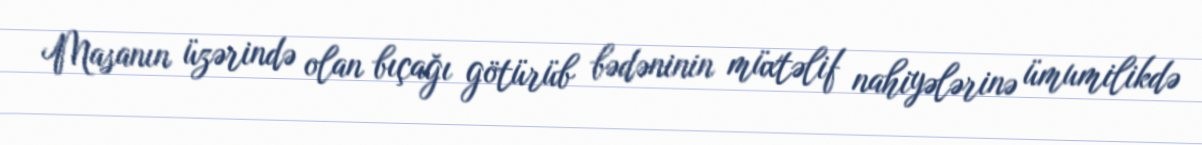
Masanın üzərində olan bıçağı götürüb bədəninin müxtəlif nahiyələrinə ümumilikdə